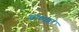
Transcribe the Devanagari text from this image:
बाष्पात